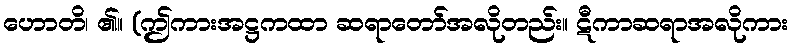
ဟောတိ၊ ၏။ (ဤကားအဋ္ဌကထာ ဆရာတော်အလိုတည်း။ ဋီကာဆရာအလိုကား